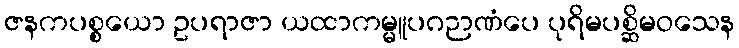
ဇနကပစ္စယော ဥပရာဇာ ယထာကမ္မူပဂဉာဏံပေ ပုရိမပစ္ဆိမဝသေန